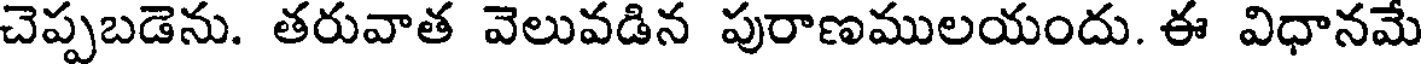
చెప్పబడెను. తరువాత వెలువడిన పురాణములయందు. ఈ విధానమే